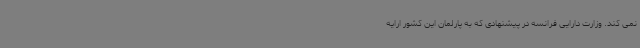
نمی کند. وزارت دارایی فرانسه در پیشنهادی که به پارلمان این کشور ارایه